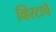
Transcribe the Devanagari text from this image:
व्हिस्टाचे